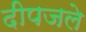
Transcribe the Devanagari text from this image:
दीपजले